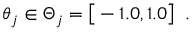
\theta _ { j } \in \Theta _ { j } = \big [ - 1 . 0 , 1 . 0 \big ] \enspace .